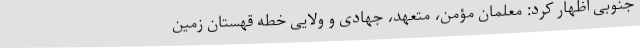
جنوبی اظهار کرد: معلمان مؤمن، متعهد، جهادی و ولایی خطه قهستان زمین